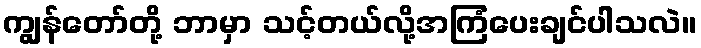
ကျွန်တော်တို့ ဘာမှာ သင့်တယ်လို့အကြံပေးချင်ပါသလဲ။